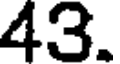
43.